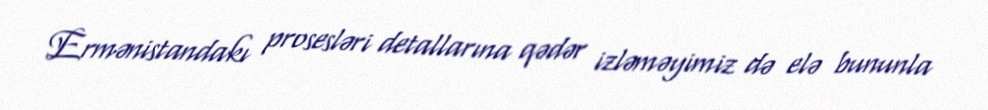
Ermənistandakı prosesləri detallarına qədər izləməyimiz də elə bununla